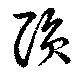
隕